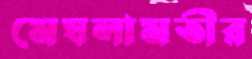
মেঘলামতীর